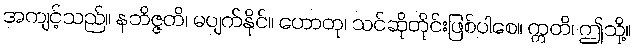
အကျင့်သည်။ နဘိဇ္ဇတိ၊ မပျက်နိုင်။ ဟောတု၊ သင်ဆိုတိုင်းဖြစ်ပါစေ။ ဣတိ၊ ဤသို့။